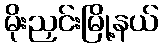
မိုးညှင်းမြို့နယ်